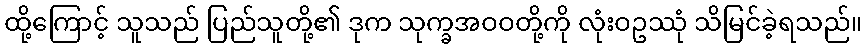
ထို့ကြောင့် သူသည် ပြည်သူတို့၏ ဒုက သုက္ခအဝဝတို့ကို လုံးဝဥဿုံ သိမြင်ခဲ့ရသည်။